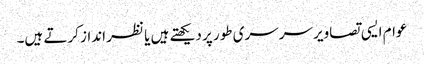
عوام ایسی تصاویر سرسری طور پر دیکھتے ہیں یا نظر انداز کرتے ہیں۔